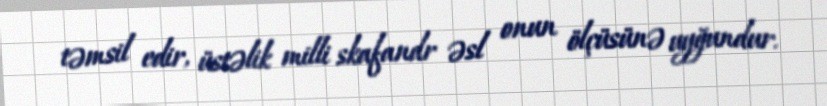
təmsil edir, üstəlik milli skafandr əsl onun ölçüsünə uyğundur.